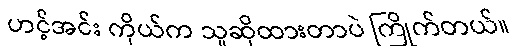
ဟင့်အင်း ကိုယ်က သူဆိုထားတာပဲ ကြိုက်တယ်။